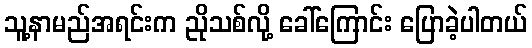
သူ့နာမည်အရင်းက ညိုသစ်လို့ ခေါ်ကြောင်း ပြောခဲ့ပါတယ်